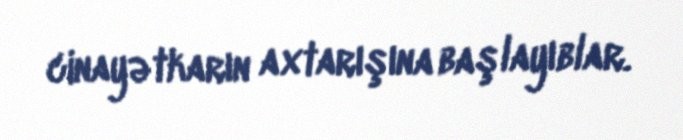
cinayətkarın axtarışına başlayıblar.